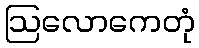
ဩလောကေတုံ